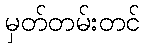
မှတ်တမ်းတင်